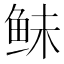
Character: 𱇛